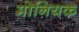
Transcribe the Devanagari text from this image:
मोनियक